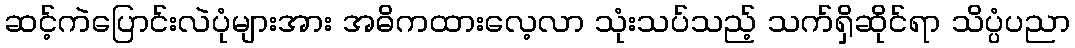
ဆင့်ကဲပြောင်းလဲပုံများအား အဓိကထားလေ့လာ သုံးသပ်သည့် သက်ရှိဆိုင်ရာ သိပ္ပံပညာ